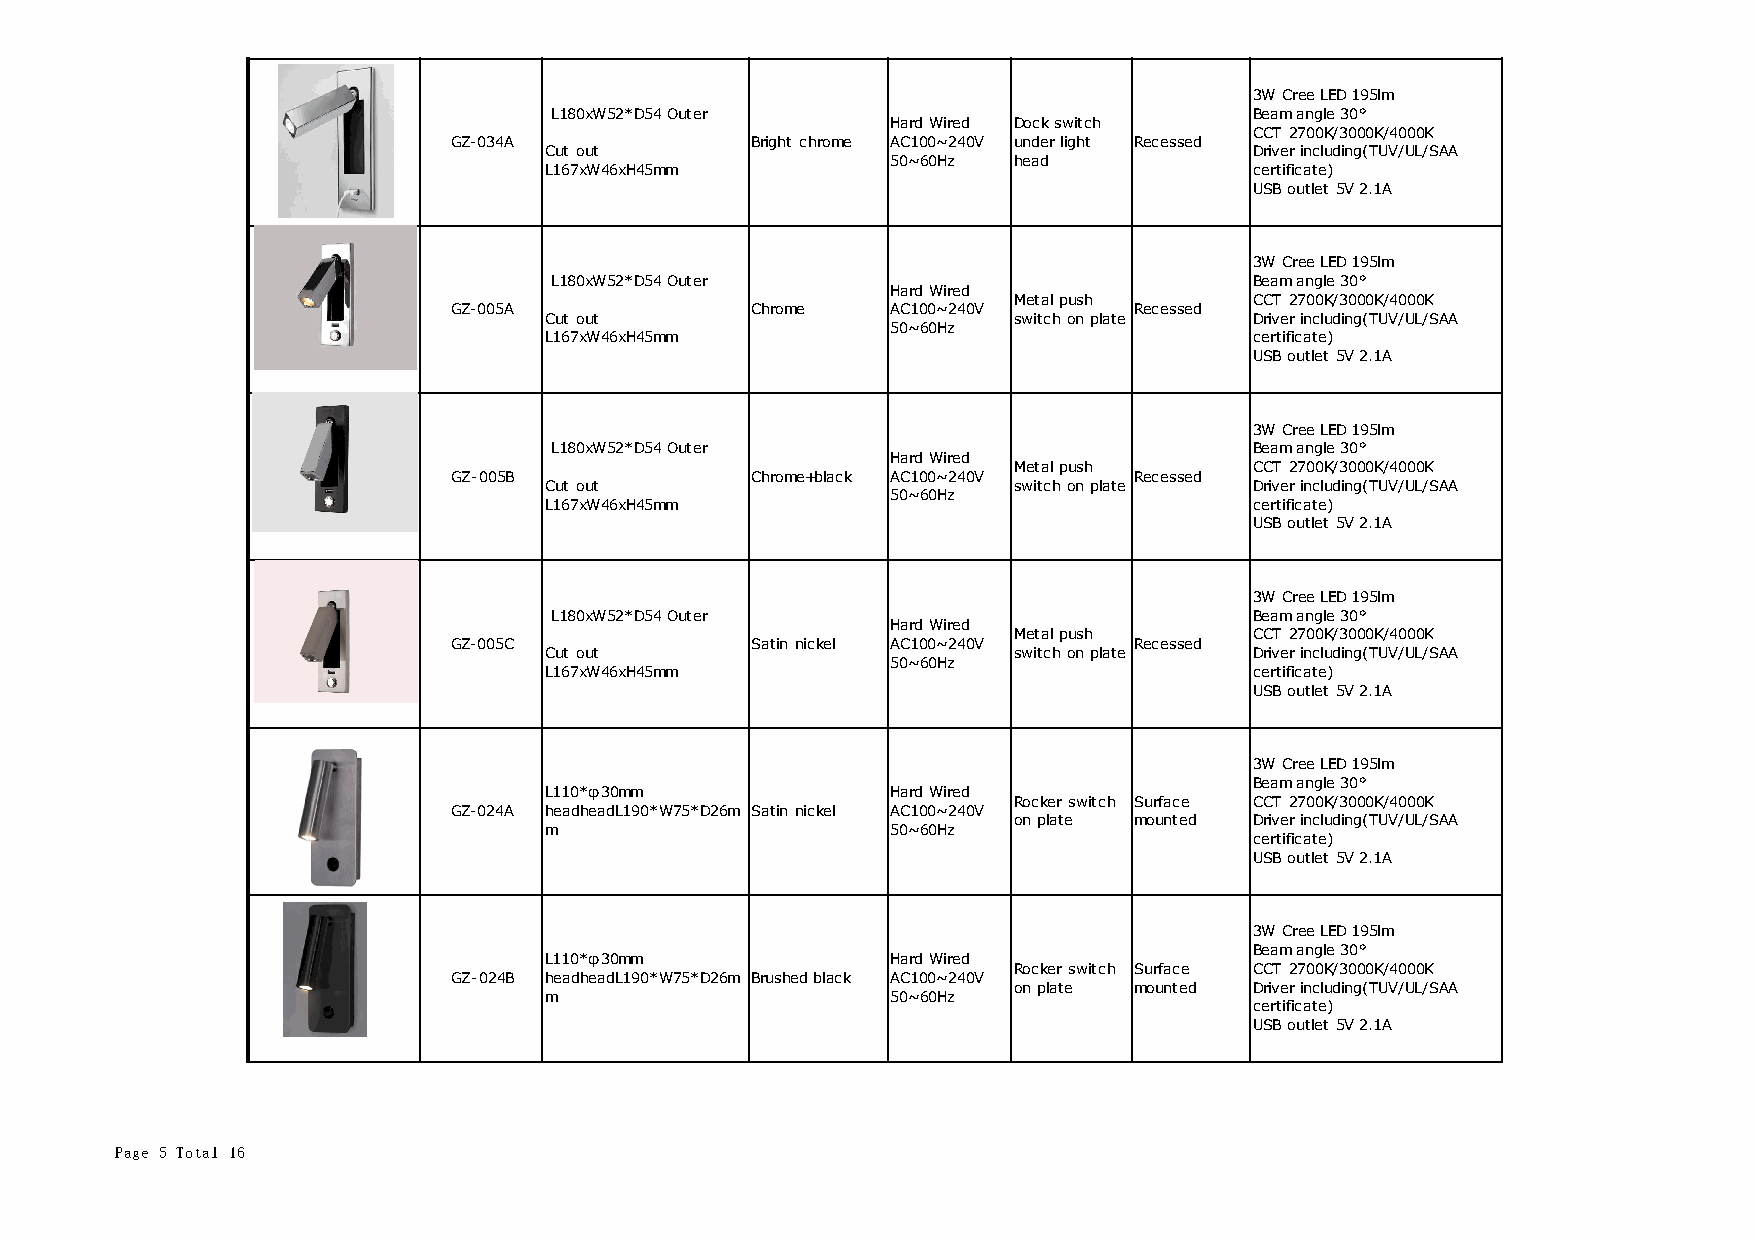
3W Cree LED 195lm
 L180xW52*D54 Outer                             Beam angle 30°
 Hard Wired Dock switch
 CCT 2700K/3000K/4000K
 GZ-034A             Bright chrome AC100~240V under light Recessed
 Cut out                                        Driver including(TUV/UL/SAA
 50~60Hz head
 L167xW46xH45mm                                 certificate)
 USB outlet 5V 2.1A
 3W Cree LED 195lm
 L180xW52*D54 Outer                             Beam angle 30°
 Hard Wired
 Metal push      CCT 2700K/3000K/4000K
 GZ-005A             Chrome   AC100~240V      Recessed
 Cut out                        switch on plate Driver including(TUV/UL/SAA
 50~60Hz
 L167xW46xH45mm                                 certificate)
 USB outlet 5V 2.1A
 3W Cree LED 195lm
 L180xW52*D54 Outer                             Beam angle 30°
 Hard Wired
 Metal push      CCT 2700K/3000K/4000K
 GZ-005B             Chrome+black AC100~240V  Recessed
 Cut out                        switch on plate Driver including(TUV/UL/SAA
 50~60Hz
 L167xW46xH45mm                                 certificate)
 USB outlet 5V 2.1A
 3W Cree LED 195lm
 L180xW52*D54 Outer                             Beam angle 30°
 Hard Wired
 Metal push      CCT 2700K/3000K/4000K
 GZ-005C             Satin nickel AC100~240V  Recessed
 Cut out                        switch on plate Driver including(TUV/UL/SAA
 50~60Hz
 L167xW46xH45mm                                 certificate)
 USB outlet 5V 2.1A
 3W Cree LED 195lm
 Beam angle 30°
 L110*φ30mm             Hard Wired
 Rocker switch Surface CCT 2700K/3000K/4000K
 GZ-024A headheadL190*W75*D26m Satin nickel AC100~240V
 on plate mounted Driver including(TUV/UL/SAA
 m                      50~60Hz
 certificate)
 USB outlet 5V 2.1A
 3W Cree LED 195lm
 Beam angle 30°
 L110*φ30mm             Hard Wired
 Rocker switch Surface CCT 2700K/3000K/4000K
 GZ-024B headheadL190*W75*D26m Brushed black AC100~240V
 on plate mounted Driver including(TUV/UL/SAA
 m                      50~60Hz
 certificate)
 USB outlet 5V 2.1A
 Page 5 Total 16